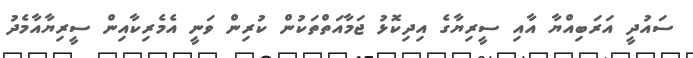
ސައުދީ އަރަބިއްޔާ އާއި ސީރިޔާގެ އިދިކޮޅު ޖަމާއަތްތަކުން ކުރިން ވަނީ އެމެރިކާއިން ސީރިޔާއާމެދު